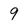
Character: 9